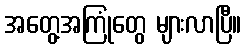
အတွေ့အကြုံတွေ များလာပြီ။